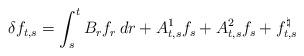
LaTeX: \begin{align*}\delta f_{t, s} = \int_s^t B_r f_r\,dr + A^1_{t, s} f_s + A^2_{t, s} f_s + f^{\natural}_{t, s}\end{align*}